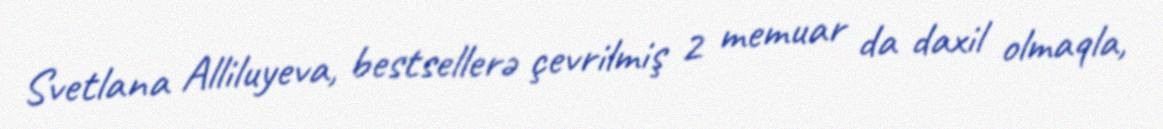
Svetlana Alliluyeva, bestsellerə çevrilmiş 2 memuar da daxil olmaqla,